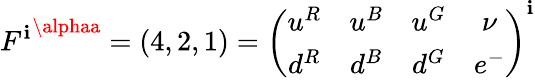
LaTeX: {F^{\mathbf{i}}}^{\alphaa}=(4,2,1)=\left(\begin{array}{cccc}{{u^{R}}}&{{u^{B}}}&{{u^{G}}}&{{\nu}}\\ {{d^{R}}}&{{d^{B}}}&{{d^{G}}}&{{e^{-}}}\end{array}\right)^{\mathbf{i}}